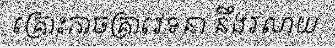
គ្រោះកាចគ្រាវេទនា នឹងរលាយ